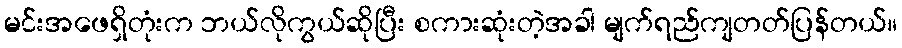
မင်းအဖေရှိတုံးက ဘယ်လိုကွယ်ဆိုပြီး စကားဆုံးတဲ့အခါ မျက်ရည်ကျတတ်ပြန်တယ်။